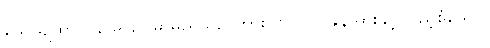
သေယျထာပိ နာမ၊ ဥပမာမည်သည်ကား။ ဗလဝါ၊ ခွန်အားနှင့် ပြည့်စုံသော။